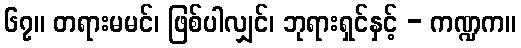
၆၇။ တရားမမင်၊ ဖြစ်ပါလျှင်၊ ဘုရားရှင်နှင့် - ကဏ္ဍက။